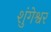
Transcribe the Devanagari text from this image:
शुंगेश्वर